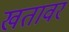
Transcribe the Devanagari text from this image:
खतावर